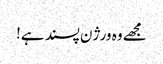
مجھے وہ ورژن پسند ہے!